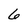
Character: 6